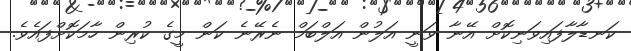
ކަނޑާލާފައިވަނިކޮށް އޭނާ ވަނީ އަލުން އަލްބަމް ނެރޭނެ ކަން މީގެ ކުރިން ހާމަކޮށްފައެވެ.